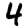
Digit: 4